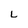
Character: L